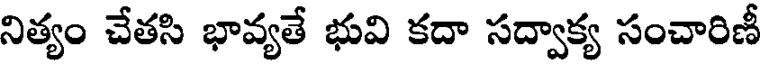
నిత్యం చేతసి భావ్యతే భువి కదా సద్వాక్య సంచారిణీ